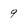
Character: 9